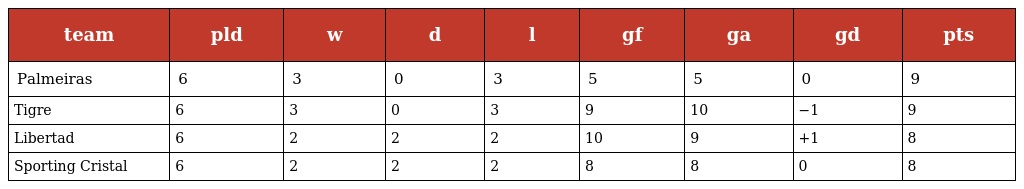
| team | pld | w | d | l | gf | ga | gd | pts |
 | --- | --- | --- | --- | --- | --- | --- | --- | --- |
 | Palmeiras | 6 | 3 | 0 | 3 | 5 | 5 | 0 | 9 |
 | Tigre | 6 | 3 | 0 | 3 | 9 | 10 | −1 | 9 |
 | Libertad | 6 | 2 | 2 | 2 | 10 | 9 | +1 | 8 |
 | Sporting Cristal | 6 | 2 | 2 | 2 | 8 | 8 | 0 | 8 |